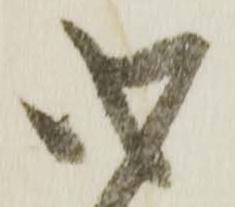
心